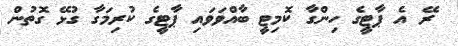
ރޭ އެ ޕާޓީގެ ހިންގާ ކޮމިޓީ ބާއްވަވައި ޕާޓީގެ ކުރިމަގާ ގުޅޭ ގޮތުން